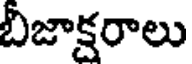
బిజాక్షరాలు